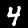
Label: 4